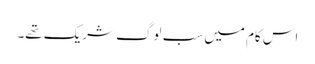
اس کام میں سب لوگ شریک تھے۔